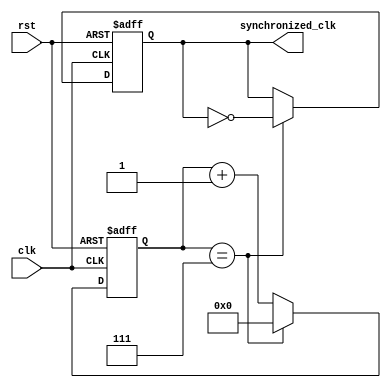
module timing_control_and_synchronization (
    input wire clk,               // System clock input
    input wire rst,               // Reset input
    output reg synchronized_clk   // Synchronized clock output
);

reg [3:0] count;

always @(posedge clk or posedge rst) begin
    if (rst) begin
        count <= 4'b0000;
        synchronized_clk <= 1'b0;
    end else begin
        count <= count + 1;
        if (count == 4'b0111) begin
            synchronized_clk <= ~synchronized_clk;
            count <= 4'b0000;
        end
    end
end

endmodule